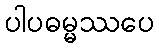
ပါပဓမ္မဿပေ